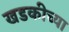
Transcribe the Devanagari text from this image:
खडकीच्या